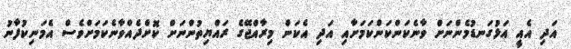
އަދި އެއީ އަޅުގަނޑުމެންނަށް ވާނެކަންކަންކަމަށާއި އަދި އެކަން މިރާއްޖޭގެ ރައްޔިތުންނަށް ކޮށްދެއްވާނެކަމަށްވެސް އެމަނިކުފާނު